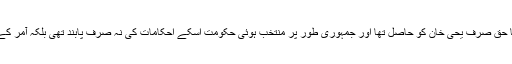
دستاویز کے مطابق LFO میں تبدیلی کا حق صرف یحیٰ خان کو حاصل تھا اور جمہوری طور پر منتخب ہوئی حکومت اسکے احکامات کی نہ صرف پابند تھی بلکہ آمر کے حکم کو چیلنج بھی نہیں کر سکتی تھی۔